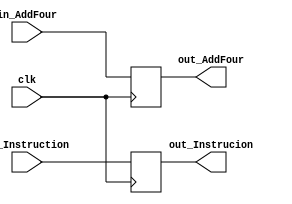
module IFID
(
	input wire clk,
	input wire [31:0]in_AddFour,
	input wire [31:0]in_Instruction,
	output reg [31:0]out_AddFour,
	output reg [31:0]out_Instrucion
);

	always @(posedge clk)
		begin
			out_AddFour    <= in_AddFour;
			out_Instrucion <= in_Instruction;
		end

endmodule